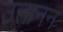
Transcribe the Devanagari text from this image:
उत्तानन